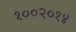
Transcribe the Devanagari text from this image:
१००२०१४